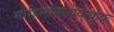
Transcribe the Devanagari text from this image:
मोहिमांमध्येकुकूक